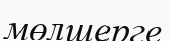
мөлшерге